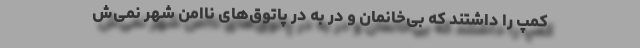
کمپ را داشتند که بی‌خانمان و در به درِ پاتوق‌های نا‌امن شهر نمی‌ش